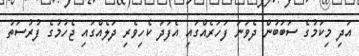
އަދި މިކަމުގެ ސަބަބުން ދެވަނަ ފަހަރެއްގައި އެފަދަ ކެހިވެރި ދަލެއްގައި ޖެހުމުގެ ފުރުސަތު